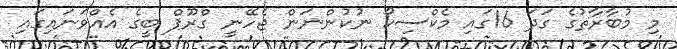
މި މުބާރާތުގެ ގަދަ 16ގައި މެކްސިކޯ ނުކުންނަން ޖެހޭނީ ގްރޫޕް ބީގެ އެއްވަނައިގައި